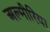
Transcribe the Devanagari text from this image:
अल्मीरिया